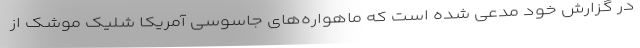
در گزارش خود مدعی شده است که ماهواره‌های جاسوسی آمریکا شلیک موشک از